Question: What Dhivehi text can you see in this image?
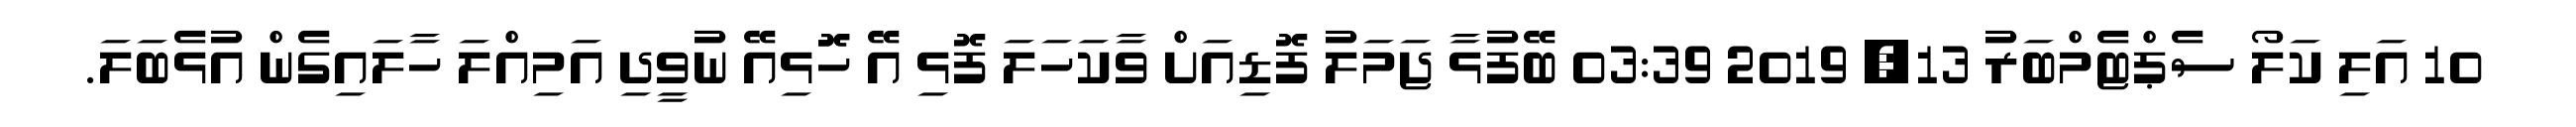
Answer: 10 އަލި ކަލޯ ސެޕްޓެމްބަރު 13, 2019 03:39 ބޭފުޅާ ޖަމަލު ފޮޑިއަށް ވާކަހަލަ ފޮޅި އޭ ހޮޮޅިއޭ ނުވީދި އަމިއްލަ ހާލައިގެން އުޅެބަލަ.